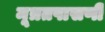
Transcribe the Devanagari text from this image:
मूत्रतपासणी